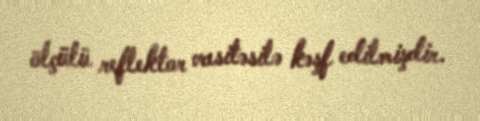
ölçülü reflektor vasitəsilə kəşf edilmişdir.